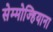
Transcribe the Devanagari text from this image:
सेम्मोज्हियाना